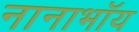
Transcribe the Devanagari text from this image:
नानाभॉय